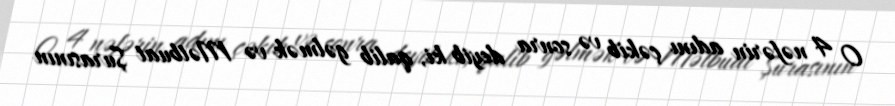
O 4 nəfərin adını çəkib və sonra deyib ki, qalib gəlmək və Mətbuat Şurasının